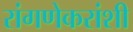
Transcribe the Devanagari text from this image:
रांगणेकरांशी